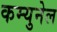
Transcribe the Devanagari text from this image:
कम्युनेल